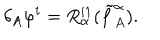
\delta _ { A } \varphi ^ { i } = R _ { \alpha } ^ { i 1 } ( \tilde { f } _ { A } ^ { \alpha } ) .